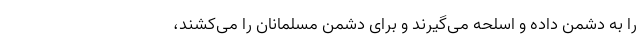
را به دشمن داده و اسلحه می‌گیرند و برای دشمن مسلمانان را می‌کشند،